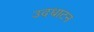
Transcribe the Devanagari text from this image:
उदधाटन